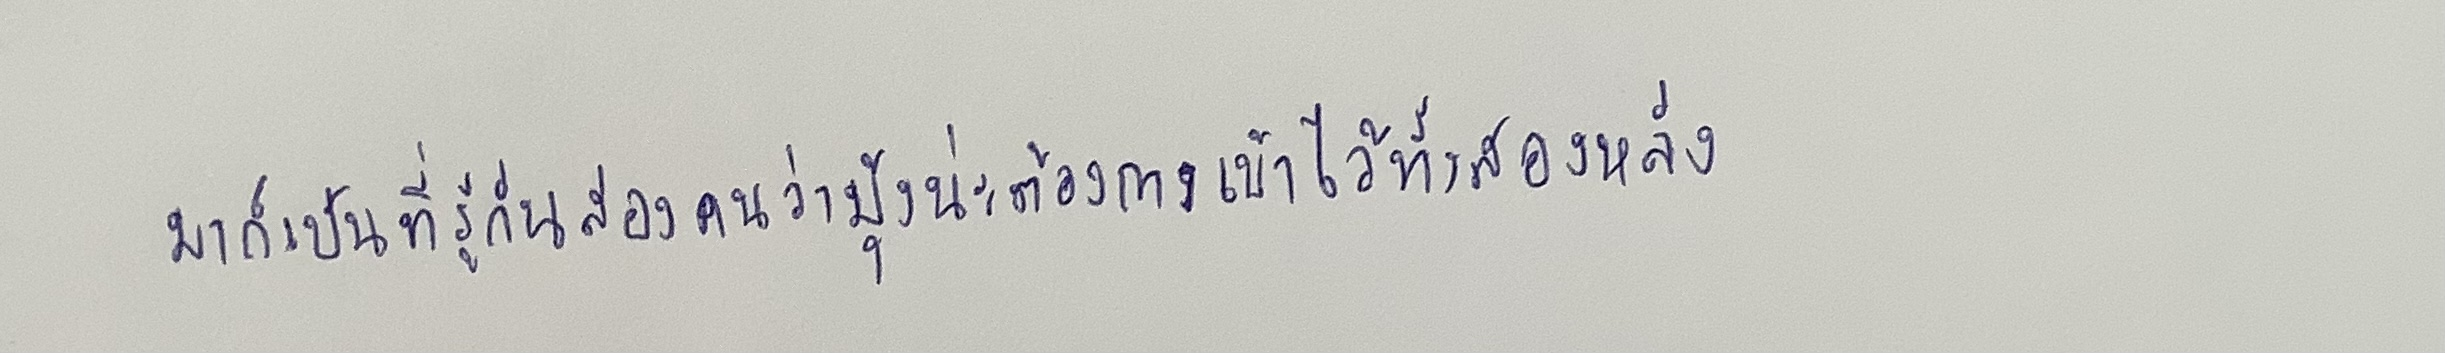
มาก็เป็นที่รู้กันสองคนว่ามุ้งน่ะต้องกางเข้าไว้ทั้งสองหลัง